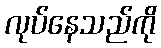
လုပ်နေသည်ကို